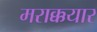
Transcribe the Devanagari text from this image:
मराक्कयार